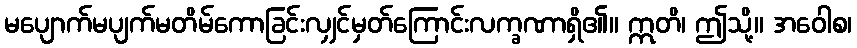
မပျောက်မပျက်မတိမ်ကောခြင်းလျှင်မှတ်ကြောင်းလက္ခဏာရှိ၏။ ဣတိ၊ ဤသို့။ အဝေါစ၊